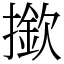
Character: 撳